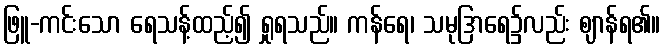
ဖြူ-ကင်းသော ရေသန့်ထည့်၍ ရှုရသည်။ ကန်ရေ၊ သမုဒြာရေ၌လည်း ဈာန်ရ၏။